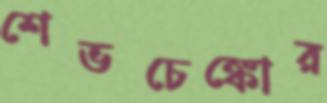
শেভচেঙ্কোর